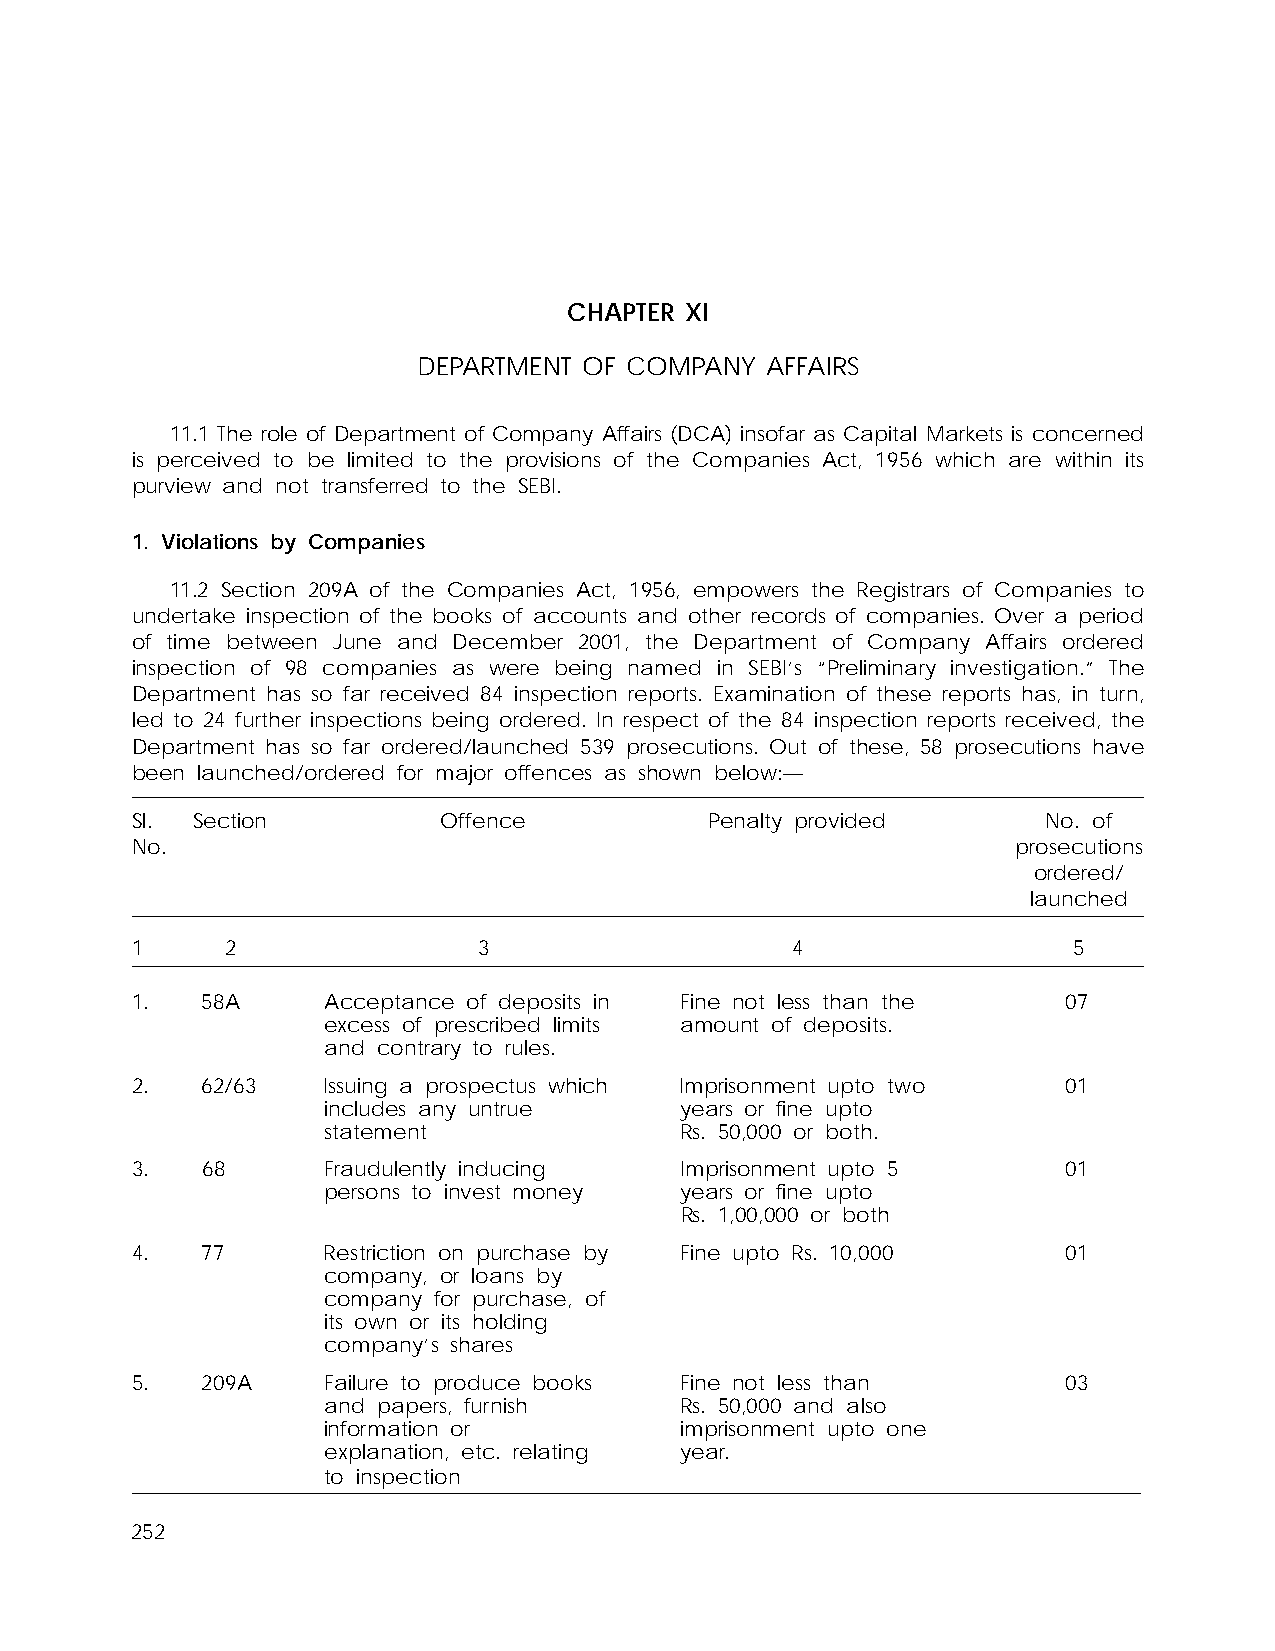
CHAPTER XI
 DEPARTMENT OF COMPANY  AFFAIRS
 11.1 The role of Department of Company Affairs (DCA) insofar as Capital Markets is concerned
 is perceived to be limited to the provisions of the Companies Act, 1956 which are within its
 purview and not transferred to the SEBI.
 1. Violations by Companies
 11.2 Section 209A of the Companies Act, 1956, empowers the Registrars of Companies to
 undertake inspection of the books of accounts and other records of companies. Over a period
 of time between June and December 2001, the Department of Company Affairs ordered
 inspection of 98 companies as were being named in SEBI’s “Preliminary investigation.” The
 Department has so far received 84 inspection reports. Examination of these reports has, in turn,
 led to 24 further inspections being ordered. In respect of the 84 inspection reports received, the
 Department has so far ordered/launched 539 prosecutions. Out of these, 58 prosecutions have
 been launched/ordered for major offences as shown below:—
 Sl. Section         Offence           Penalty provided      No. of
 No.                                                       prosecutions
 ordered/
 launched
 1     2                3                   4                  5
 1.  58A     Acceptance of deposits in Fine not less than the  07
 excess of prescribed limits amount of deposits.
 and contrary to rules.
 2.  62/63   Issuing a prospectus which Imprisonment upto two  01
 includes any untrue     years or fine upto
 statement               Rs. 50,000 or both.
 3.  68      Fraudulently inducing   Imprisonment upto 5       01
 persons to invest money years or fine upto
 Rs. 1,00,000 or both
 4.  77      Restriction on purchase by Fine upto Rs. 10,000   01
 company, or loans by
 company for purchase, of
 its own or its holding
 company’s shares
 5.  209A    Failure to produce books Fine not less than       03
 and papers, furnish     Rs. 50,000 and also
 information or          imprisonment upto one
 explanation, etc. relating year.
 to inspection
 252